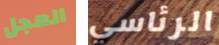
العجل الرئاسي